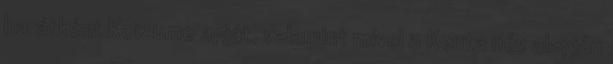
barátként Koizumo apját, valamint mivel a Kenta név alapján